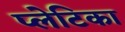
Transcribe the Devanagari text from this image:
प्लेटिका